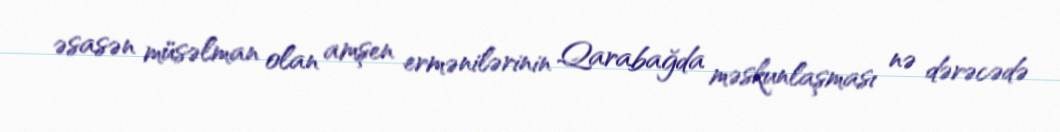
əsasən müsəlman olan amşen ermənilərinin Qarabağda məskunlaşması nə dərəcədə